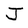
Character: J